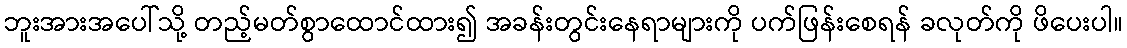
ဘူးအားအပေါ်သို့ တည့်မတ်စွာထောင်ထား၍ အခန်းတွင်းနေရာများကို ပက်ဖြန်းစေရန် ခလုတ်ကို ဖိပေးပါ။